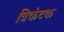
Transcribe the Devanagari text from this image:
त्रिकंटक